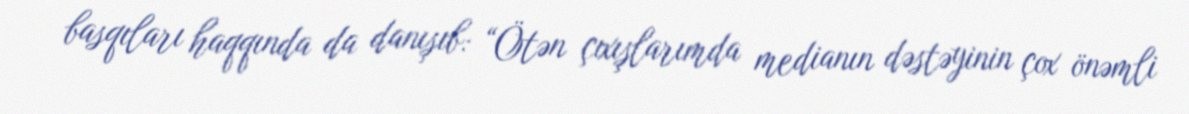
basqıları haqqında da danışıb: “Ötən çıxışlarımda medianın dəstəyinin çox önəmli